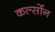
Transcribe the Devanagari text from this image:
कर्ल्सोन